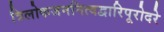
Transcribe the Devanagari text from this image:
त्रिलोकजननित्वद्वारिपूरोदरे